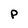
Character: P